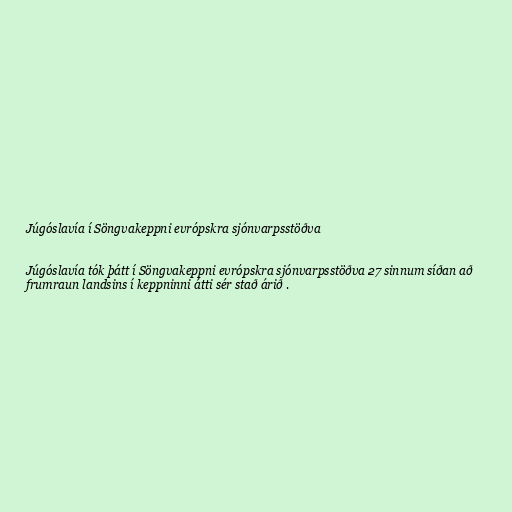
Júgóslavía í Söngvakeppni evrópskra sjónvarpsstöðva

Júgóslavía tók þátt í Söngvakeppni evrópskra sjónvarpsstöðva 27 sinnum síðan að
frumraun landsins í keppninni átti sér stað árið .